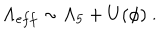
LaTeX: \Lambda _ { e f f } \sim \Lambda _ { 5 } + U ( \phi ) \ .